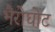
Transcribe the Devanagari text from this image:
भैरोघोट